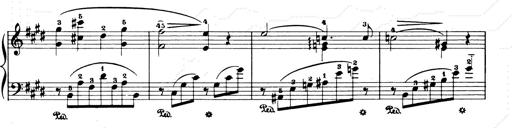
Title: Consolations and LiebestrÃ¤ume for the Piano
Composer: Franz Liszt